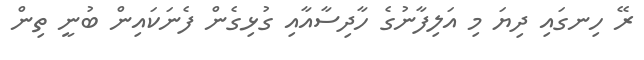
ރޭ ހިނގައި ދިޔަ މި އަލިފާނުގެ ހާދިސާއާއި ގުޅިގެން ފެނަކައިން ބުނީ ތިން